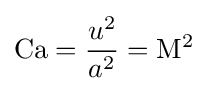
\mathrm {Ca} ={\frac {u^{2}}{a^{2}}}=\mathrm {M} ^{2}